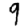
Digit: 9